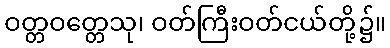
ဝတ္တဝတ္တေသု၊ ဝတ်ကြီးဝတ်ငယ်တို့၌။